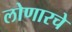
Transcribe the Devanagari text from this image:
लोणारचे